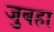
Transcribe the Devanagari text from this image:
जुबहा